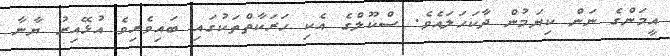
އީމަންގެ ނަން ކިޔަމުން ދާކަހަލައެވެ. ސްކޫލްގެ އެކި ހަރަކާތްތަކުގައި ބައިވެރިވެ އުޅޭއިރު ޔާނާ